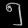
Digit: ၅